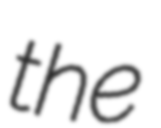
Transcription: the